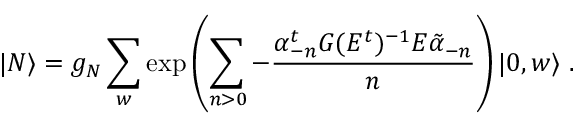
| N \rangle = g _ { N } \sum _ { w } \exp \left( \sum _ { n > 0 } - \frac { \alpha _ { - n } ^ { t } G ( E ^ { t } ) ^ { - 1 } E \tilde { \alpha } _ { - n } } { n } \right) | 0 , w \rangle \ .